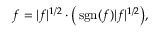
f = | f | ^ { 1 / 2 } \cdot { \big ( } \operatorname { s g n } ( f ) | f | ^ { 1 / 2 } { \big ) } ,